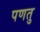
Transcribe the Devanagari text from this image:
पणतु